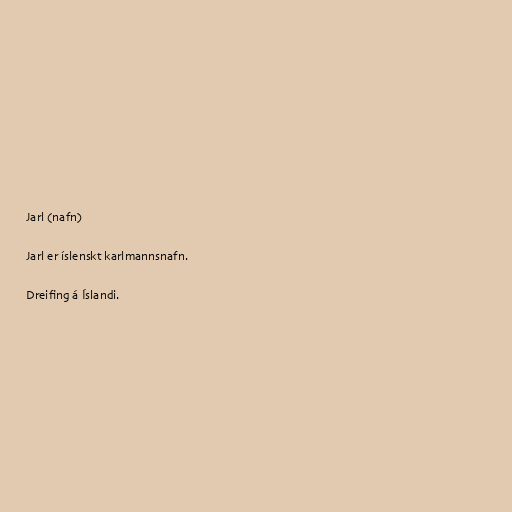
Jarl (nafn)

Jarl er íslenskt karlmannsnafn.

Dreifing á Íslandi.